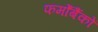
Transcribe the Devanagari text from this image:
फर्मोंबैंकों